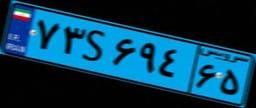
۷۳S۶۹۴۶۵